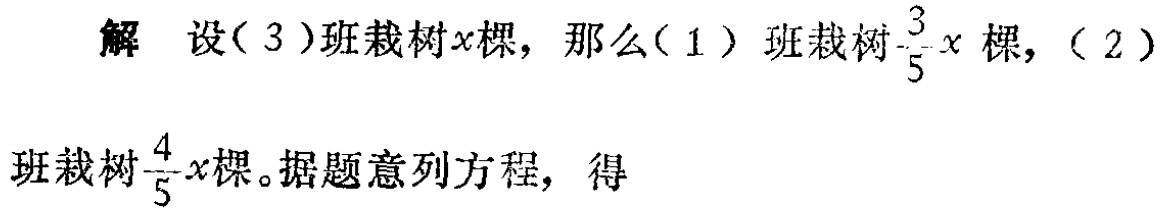
解 设（3）班栽树\(x\)棵，那么（1）班栽树\(\frac{3}{5}x\)棵，（2）班栽树\(\frac{4}{5}x\)棵。据题意列方程，得